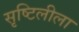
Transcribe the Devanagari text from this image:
सृष्टिलीला